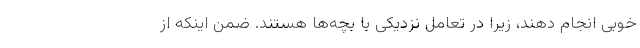
خوبی انجام دهند، زیرا در تعامل نزدیکی با بچه‌ها هستند. ضمن اینکه از